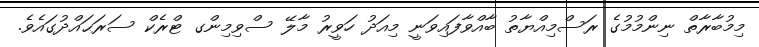
މިމުބާރާތް ނިންމުމުގެ ރަސްމިއްޔާތު ބާއްވާފައިވަނީ މިއަދު ހަވީރު މާލޭ ސްވިމިންގ ޓްރެކް ސަރަޙައްދުގައެވެ.